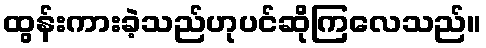
ထွန်းကားခဲ့သည်ဟုပင်ဆိုကြလေသည်။